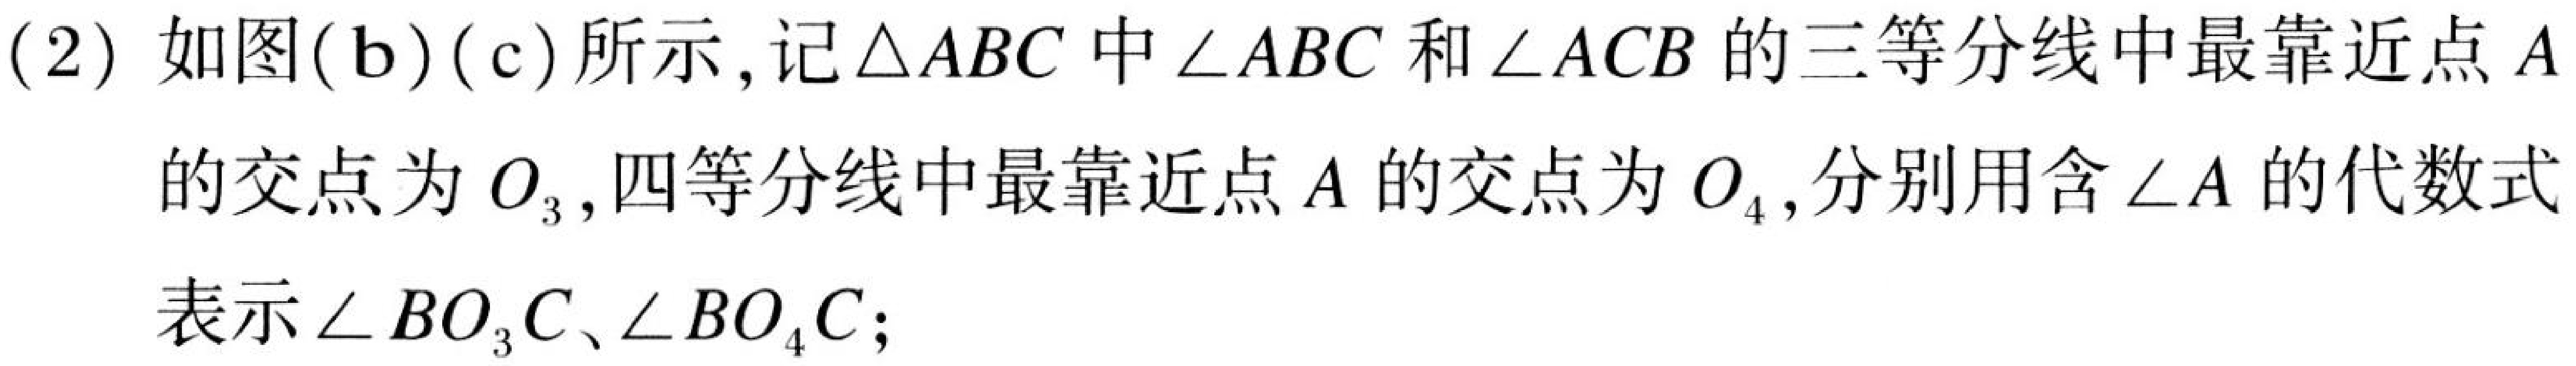
(2) 如图(b)(c)所示, 记\(\triangle ABC\)中\(\angle ABC\)和\(\angle ACB\)的三等分线中最靠近点\(A\)的交点为\(O_{3}\), 四等分线中最靠近点\(A\)的交点为\(O_{4}\), 分别用含\(\angle A\)的代数式表示\(\angle BO_{3}C\)、\(\angle BO_{4}C\);